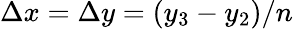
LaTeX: \Delta x=\Delta y=(y_{3}-y_{2})/n